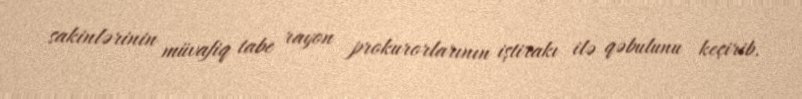
sakinlərinin müvafiq tabe rayon prokurorlarının iştirakı ilə qəbulunu keçirib.